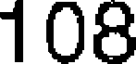
108